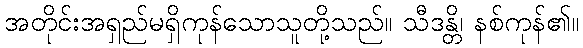
အတိုင်းအရှည်မရှိကုန်သောသူတို့သည်။ သီဒန္တိ၊ နစ်ကုန်၏။